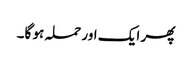
پھر ایک اور حملہ ہو گا۔